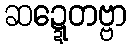
ဆဍ္ဍေတဗ္ဗာ